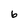
Character: 6